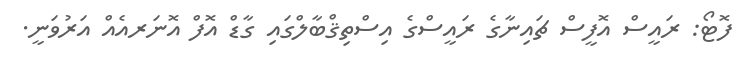
ފޮޓޯ: ރައީސް އޮފީސް ޗައިނާގެ ރައީސްގެ އިސްތިޤްބާލްގައި ގާޑް އޮފް އޮނަރއެއް އަރުވަނީ.